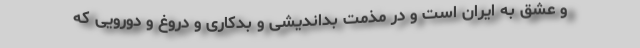
و عشق به ایران است و در مذمت بداندیشی و بدکاری و دروغ و دورویی که